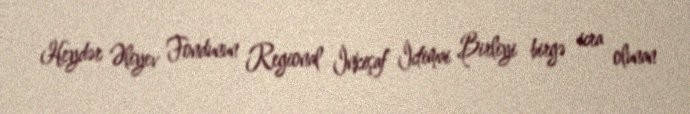
Heydər Əliyev Fondunun Regional İnkişaf İctimai Birliyi birgə icra olunan